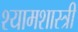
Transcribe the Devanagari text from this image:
श्यामशास्त्री